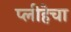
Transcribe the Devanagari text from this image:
प्लीहेचा